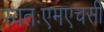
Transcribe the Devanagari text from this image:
स्वतःएमएचसी